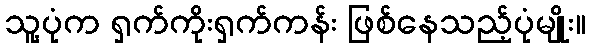
သူ့ပုံက ရှက်ကိုးရှက်ကန်း ဖြစ်နေသည့်ပုံမျိုး။